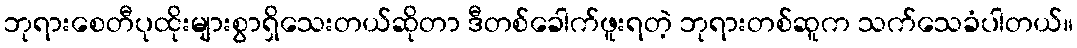
ဘုရားစေတီပုထိုးများစွာရှိသေးတယ်ဆိုတာ ဒီတစ်ခေါက်ဖူးရတဲ့ ဘုရားတစ်ဆူက သက်သေခံပါတယ်။